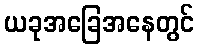
ယခုအခြေအနေတွင်